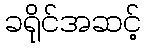
ခရိုင်အဆင့်